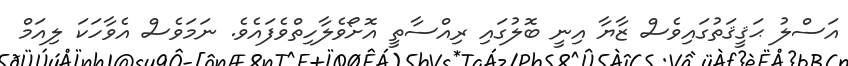
އަސްލު ޙަޤީޤަތުގައިވެސް ޒާޔާ އިނީ ބޮލުގައި ރިއްސާތީ އޮށޯވެލާހިތްވެފައެވެ. ނަމަވެސް އެވާހަކަ ލިއަމް